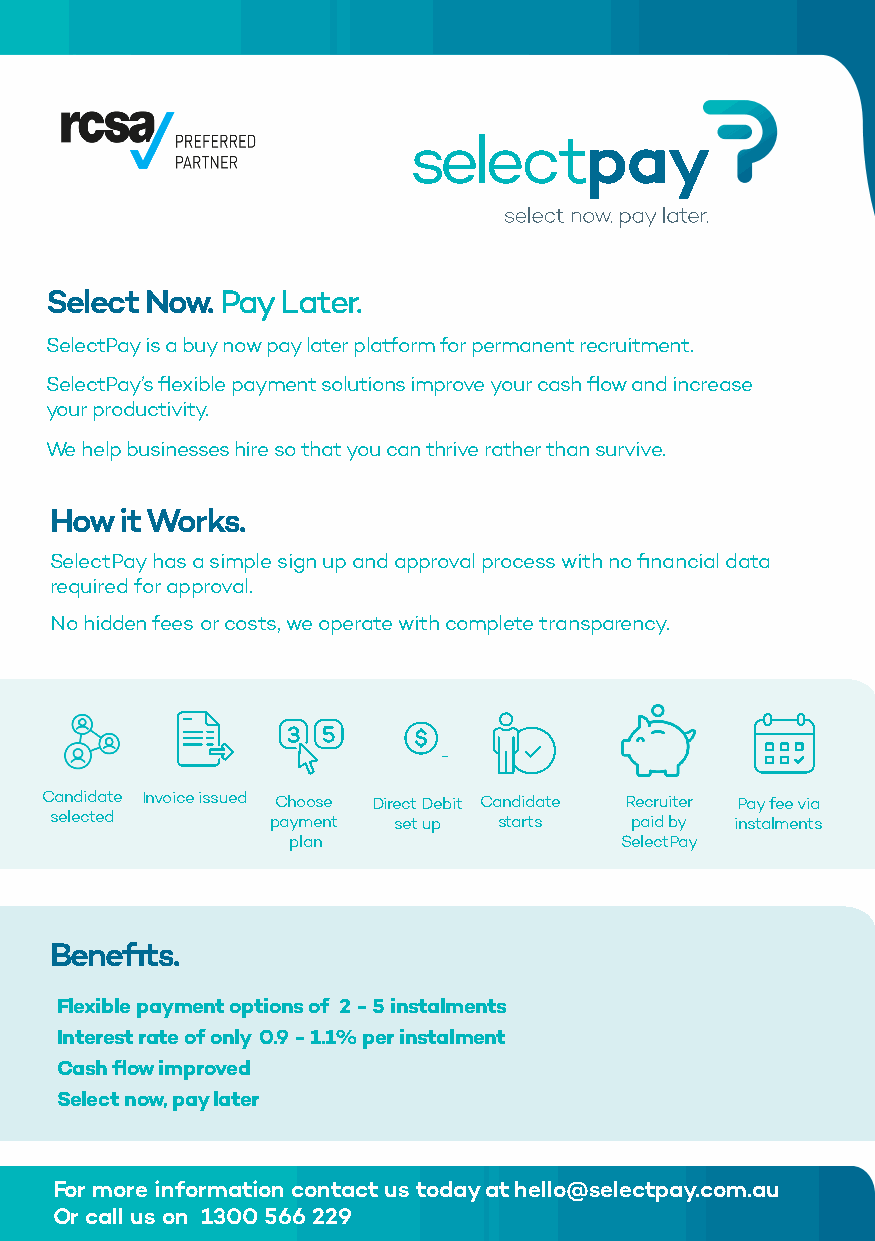
Select Now. Pay Later.
 SelectPay is a buy now pay later platform for permanent recruitment.
 SelectPay’s flexible payment solutions improve your cash flow and increase
 your productivity.
 We help businesses hire so that you can thrive rather than survive.
 How  it Works.
 SelectPay has a simple sign up and approval process with no financial data
 required for approval.
 No hidden fees or costs, we operate with complete transparency.
 Candidate Invoice issued Choose Direct Debit Candidate Recruiter Pay fee via
 selected       payment set up starts   paid by instalments
 plan                  SelectPay
 Benefits.
 Flexible payment options of 2 - 5 instalments
 Interest rate of only 0.9 - 1.1% per instalment
 Cash flow improved
 Select now, pay later
 For more information contact us today at hello@selectpay.com.au
 Or call us on 1300 566 229